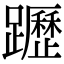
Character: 𨇗